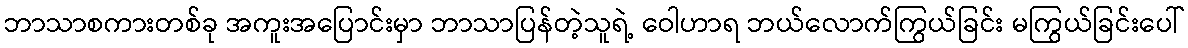
ဘာသာစကားတစ်ခု အကူးအပြောင်းမှာ ဘာသာပြန်တဲ့သူရဲ့ ဝေါဟာရ ဘယ်လောက်ကြွယ်ခြင်း မကြွယ်ခြင်းပေါ်